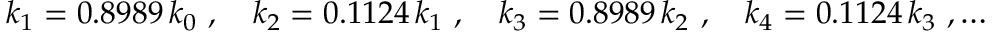
k _ { 1 } = 0 . 8 9 8 9 \, k _ { 0 } \ , \quad k _ { 2 } = 0 . 1 1 2 4 \, k _ { 1 } \ , \quad k _ { 3 } = 0 . 8 9 8 9 \, k _ { 2 } \ , \quad k _ { 4 } = 0 . 1 1 2 4 \, k _ { 3 } \ , \ldots